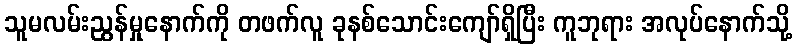
သူမလမ်းညွန်မှုနောက်ကို တဖက်လူ ခုနစ်သောင်းကျော်ရှိပြီး ကူဘုရား အလုပ်နောက်သို့